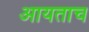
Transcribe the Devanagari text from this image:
आयताच